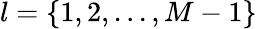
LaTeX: l=\{ 1,2,...,M-1\}